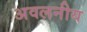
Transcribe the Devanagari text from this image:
अवलनीय